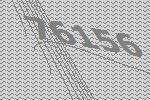
76156